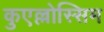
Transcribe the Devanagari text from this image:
कुएल्लोस्सिम